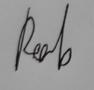
Signature authenticity: genuine